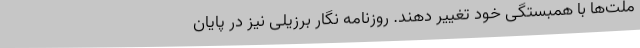
ملت‌ها با همبستگی خود تغییر دهند. روزنامه نگار برزیلی نیز در پایان